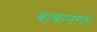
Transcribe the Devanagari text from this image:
बाबानगर